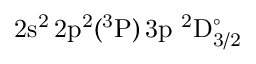
\mathrm { 2 s ^ { 2 } \, 2 p ^ { 2 } ( ^ { 3 } P ) \, 3 p ~ ^ { 2 } D _ { 3 / 2 } ^ { \circ } }